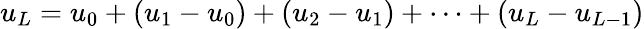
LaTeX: u_{L}=u_{0}+(u_{1}-u_{0})+(u_{2}-u_{1})+\cdots+(u_{L}-u_{L-1})